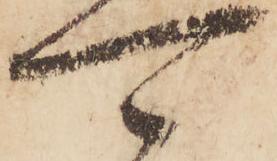
可